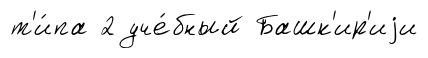
т'и́па 2 уче́бный Башк'ир'иjи